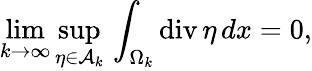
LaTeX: \operatorname*{lim}_{k\to\infty}\operatorname*{sup}_{\eta\in\mathcal A_{k}}\, \int_{\Omega_{k}}\mathrm{div}\, \eta\, dx=0,